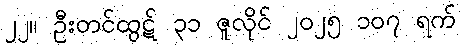
၂၂။ ဦးတင်ထွဋ် ၃၁ ဇူလိုင် ၂၀၂၅ ၁၀၇ ရက်